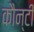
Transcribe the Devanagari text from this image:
कौन्टी